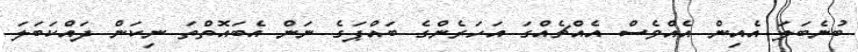
ބުނެބަލަ އެއިން އެއްވެސް އެއްޗެއްގަ އަހަރެންގެ ބައްޕަގެ ނަން އެބައޮތްތަ ނިކަން ދައްކަބަލަ